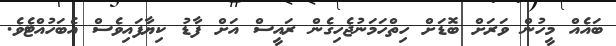
ބައެއް މީހުން ވަރަށް ބޮޑަށް ހިތްހަމަނުޖެހިގެން ރައީސް އަށް ފާޑު ކިޔާފައިވެސް އެބަހުއްޓެވެ.